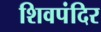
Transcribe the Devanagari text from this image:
शिवपंदिर